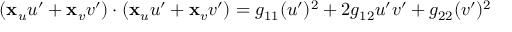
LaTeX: ( \mathbf { x } _ { u } u ^ { \prime } + \mathbf { x } _ { v } v ^ { \prime } ) \cdot ( \mathbf { x } _ { u } u ^ { \prime } + \mathbf { x } _ { v } v ^ { \prime } ) = g _ { 1 1 } ( u ^ { \prime } ) ^ { 2 } + 2 g _ { 1 2 } u ^ { \prime } v ^ { \prime } + g _ { 2 2 } ( v ^ { \prime } ) ^ { 2 }